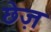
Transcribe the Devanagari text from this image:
छेज़